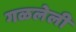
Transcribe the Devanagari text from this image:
गळलेली